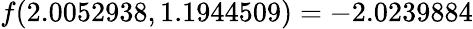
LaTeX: f(2.0052938,1.1944509)=-2.0239884